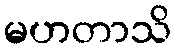
မဟတာသိ